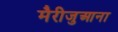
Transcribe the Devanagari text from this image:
मैरीजुआना